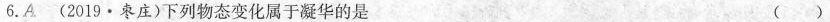
6.A(2019·枣庄)下列物态变化属于凝华的是 ( )